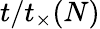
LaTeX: t/t_{\times}(N)